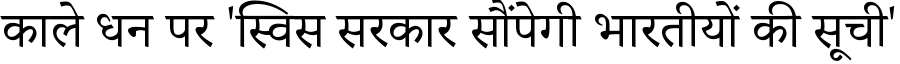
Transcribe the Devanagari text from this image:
काले धन पर 'स्विस सरकार सौंपेगी भारतीयों की सूची'